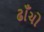
ઢાઁચો